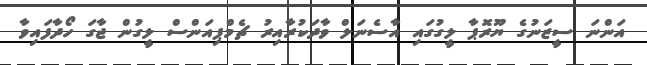
އަންނަ ސީޒަނުގެ ޔޫރޮޕާ ލީގުގައި އާސެނަލް ވާދަކުރާއިރު ޗެމްޕިއަންސް ލީގުން ޖާގަ ހޯދާފައިވާ